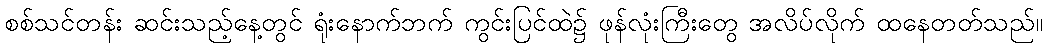
စစ်သင်တန်း ဆင်းသည့်နေ့တွင် ရုံးနောက်ဘက် ကွင်းပြင်ထဲ၌ ဖုန်လုံးကြီးတွေ အလိပ်လိုက် ထနေတတ်သည်။